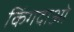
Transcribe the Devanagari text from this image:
किंगदाओ